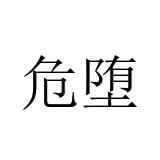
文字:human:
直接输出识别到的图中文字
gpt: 危堕